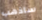
ساذهب